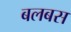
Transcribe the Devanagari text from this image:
बलबस